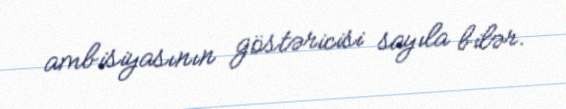
ambisiyasının göstəricisi sayıla bilər.